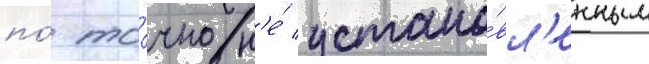
по́ то́чно н'е́ устано́вл'енным